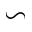
\backsim